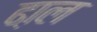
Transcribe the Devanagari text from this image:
ढा़ल